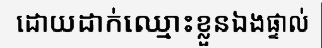
ដោយដាក់ឈ្មោះខ្លួនឯងផ្ទាល់